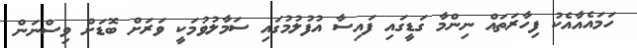
ހަމައެއާއެކު ފިހާރަތައް ނިންމާ ގަޑީގައި ފައިސާ އުފުލުމުގައި ސަމާލުވުމަކީ ވަރަށް ބޮޑަށް ވިސްނަން